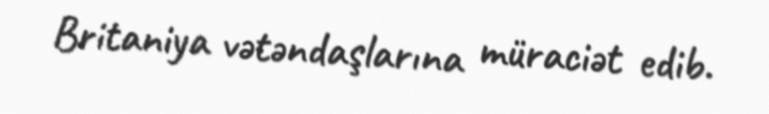
Britaniya vətəndaşlarına müraciət edib.